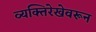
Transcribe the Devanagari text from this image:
व्यक्तिरेखेवरून